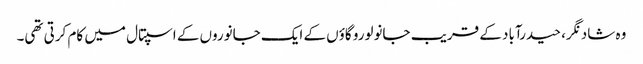
وہ شاد نگر، حیدرآباد کے قریب جانولورو گاؤں کے ایک جانوروں کے اسپتال میں کام کرتی تھی۔